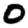
Digit: 0